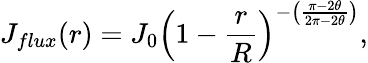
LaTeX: J_{flux}(r)=J_{0}\Big(1-\frac{r}{R}\Big)^{-\big(\frac{\pi-2\theta}{2\pi-2\theta}\big)},